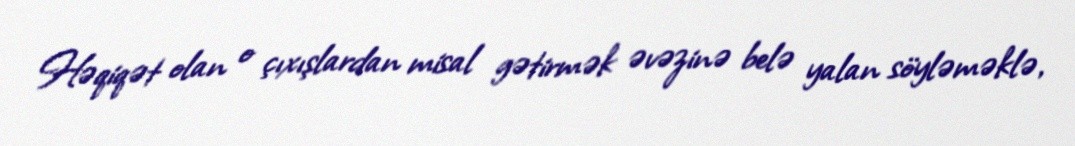
Həqiqət olan o çıxışlardan misal gətirmək əvəzinə belə yalan söyləməklə,